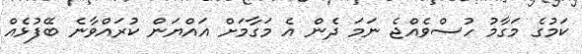
ކަމުގެ މަގާމު ހުސްވެއްޖެ ނަމަ ދެން އެ މަގާމަށް އައްޔަން ކުރައްވާނެ ބޭފުޅެއް